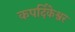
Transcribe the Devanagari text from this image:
कपर्दिकेश्वर